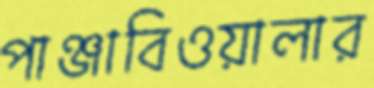
পাঞ্জাবিওয়ালার